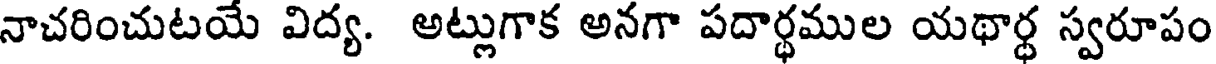
నాచరించుటయే విద్య. అట్లుగాక అనగా పదార్థముల యథార్ధ స్వరూపం